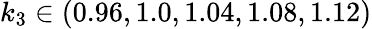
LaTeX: k_{3}\in(0.96,1.0,1.04,1.08,1.12)